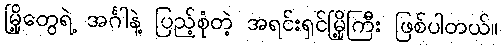
မြို့တွေရဲ့ အင်္ဂါနဲ့ ပြည့်စုံတဲ့ အရင်းရှင်မြို့ကြီး ဖြစ်ပါတယ်။